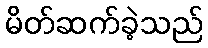
မိတ်ဆက်ခဲ့သည်